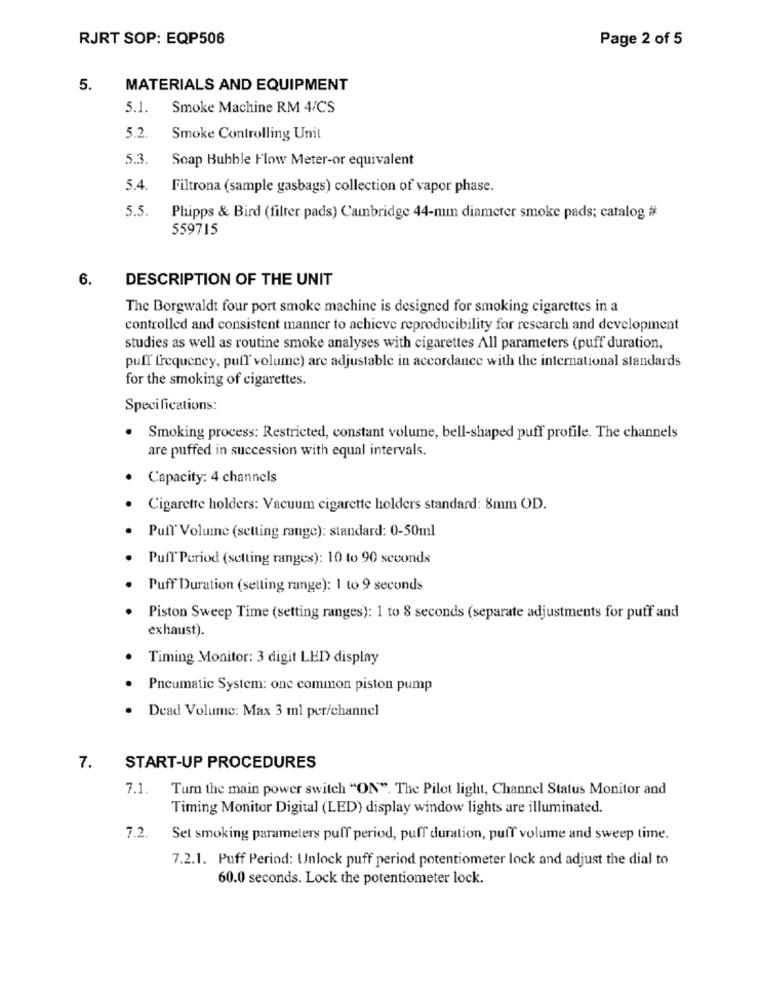
RJRT SOP: EQP506
Page 2 of 5
5.
MATERIALS AND EQUIPMENT
5.1.
Smoke Machine RM 4/CS
5.2.
Smoke Controlling Unit
5.3.
Soap Bubble Flow Meter-or equivalent
5.4.
Filtrona (sample gasbags) collection of vapor phase.
5.5.
Phipps & Bird (filter pads) Cambridge 44-mm diameter smoke pads; catalog #
559715
6.
DESCRIPTION OF THE UNIT
The Borgwaldt four port smoke machine is designed for smoking cigarettes in a
controlled and consistent manner to achieve reproducibility for research and development
studies as well as routine smoke analyses with cigarettes All parameters (puff duration,
puff frequency, puff volume) are adjustable in accordance with the international standards
for the smoking of cigarettes.
Specifications:
. Smoking process: Restricted, constant volume, bell-shaped puff profile. The channels
are puffed in succession with equal intervals.
Capacity: 4 channels
Cigarette holders: Vacuum cigarette holders standard: 8mm OD.
Pufl' Volume (setting range): standard: 0-50ml
Puff Period (setting ranges): 10 to 90 seconds
Puff Duration (selling range): 1 to 9 seconds
Piston Sweep Time (setting ranges): 1 to 8 seconds (separate adjustments for puff and
exhaust).
Timing Monitor: 3 digit LED display
Pneumatic System: one common piston pump
. Dead Volume: Max 3 ml per/channel
7.
START-UP PROCEDURES
7.1.
Turn the main power switch "ON". The Pilot light, Channel Status Monitor and
Timing Monitor Digital (LED) display window lights are illuminated.
7.2.
Set smoking parameters puff period, puff duration, puff volume and sweep time.
7.2.1. Puff Period: Unlock puff period potentiometer lock and adjust the dial to
60.0 seconds. Lock the potentiometer lock.